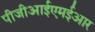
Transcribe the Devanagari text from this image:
पीजीआईएमईआर